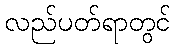
လည်ပတ်ရာတွင်